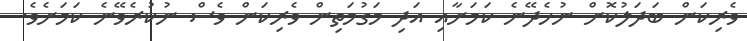
ވެރިކަން ބަދަލުކޮށް ނުހެދޭނެ ކަމަށާއި އަދި މަގުމަތިން ވެރިކަން ވެސް ނުކުރެވޭނެ ކަމަށެވެ.